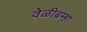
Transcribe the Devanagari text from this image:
वेळीब्रम्हा